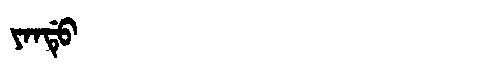
Manchu: ᠶᠠᠨᡩᡠ
Romanization: YANDU